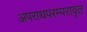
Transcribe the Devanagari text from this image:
अपराधपरम्परावृतं